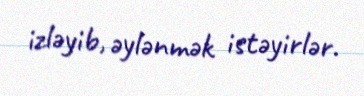
izləyib, əylənmək istəyirlər.